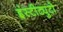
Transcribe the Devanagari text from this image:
इंस्टीट्युटो